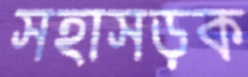
সহাসড়ক